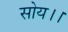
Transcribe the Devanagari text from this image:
सोय।।